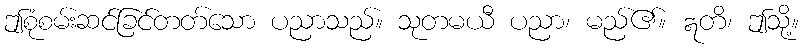
ဤစုံစမ်းဆင်ခြင်တတ်သော ပညာသည်။ သုတမယီ ပညာ၊ မည်၏။ ဣတိ၊ ဤသို့။